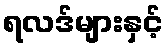
ရလဒ်များနှင့်